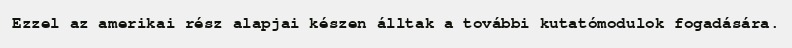
Ezzel az amerikai rész alapjai készen álltak a további kutatómodulok fogadására.